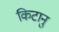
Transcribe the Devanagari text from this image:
किटानु